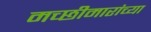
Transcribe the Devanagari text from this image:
मच्छीमारांच्या